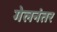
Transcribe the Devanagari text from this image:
गेलनंतर